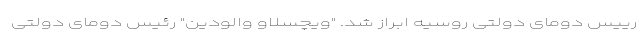
رییس دومای دولتی روسیه ابراز شد. "ویچسلاو والودین" ‌رئیس دومای دولتی